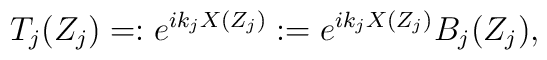
T_{j}(Z_{j})=:e^{ik_{j}X(Z_{j})}:=e^{ik_{j}X(Z_{j})}B_{j}(Z_{j}),